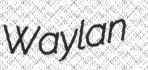
Waylan